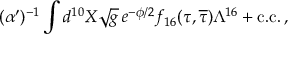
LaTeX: ( \alpha ^ { \prime } ) ^ { - 1 } \int d ^ { 1 0 } X \sqrt g \, e ^ { - \phi / 2 } f _ { 1 6 } ( \tau , \overline { { { \tau } } } ) \Lambda ^ { 1 6 } + \mathrm { c . c . } \, ,